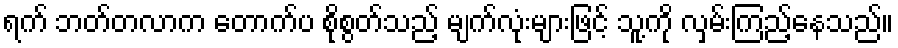
ရက် ဘတ်တလာက တောက်ပ စိုစွတ်သည့် မျက်လုံးများဖြင့် သူ့ကို လှမ်းကြည့်နေသည်။